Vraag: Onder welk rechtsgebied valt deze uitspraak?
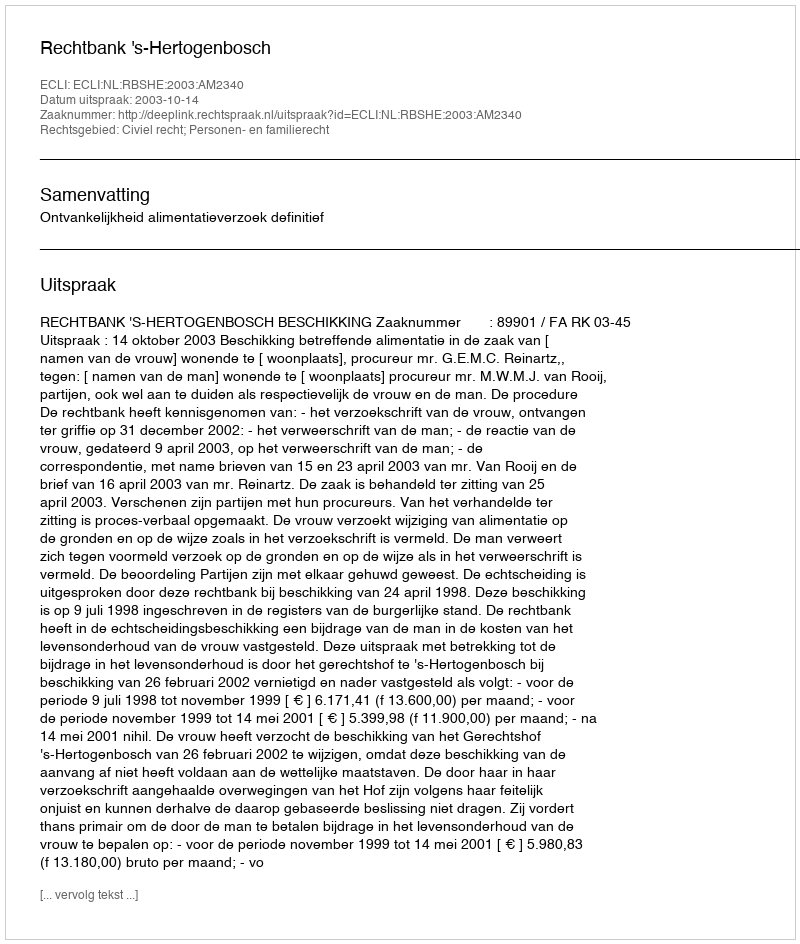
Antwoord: Civiel recht; Personen- en familierecht